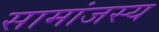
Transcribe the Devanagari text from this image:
सामांजस्य